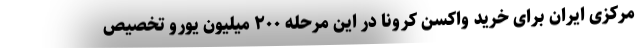
مرکزی ایران برای خرید واکسن کرونا در این مرحله ۲۰۰ میلیون یورو تخصیص